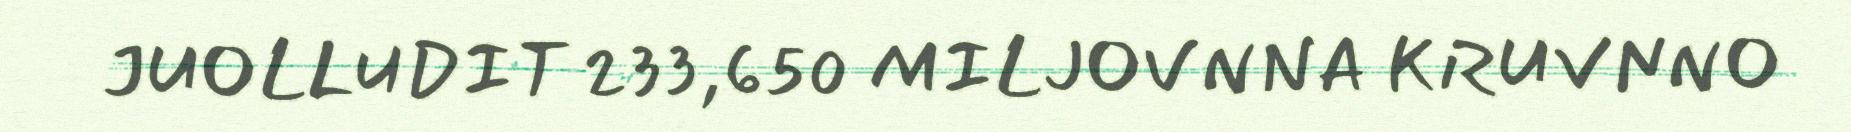
JUOLLUDIT 233,650 MILJOVNNA KRUVNNO